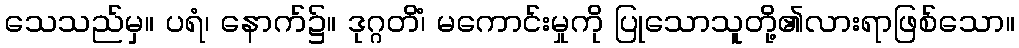
သေသည်မှ။ ပရံ၊ နောက်၌။ ဒုဂ္ဂတိံ၊ မကောင်းမှုကို ပြုသောသူတို့၏လားရာဖြစ်သော။